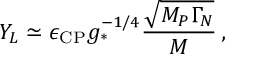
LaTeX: Y _ { L } \simeq \epsilon _ { \mathrm { C P } } g _ { * } ^ { - 1 / 4 } \frac { \sqrt { M _ { P } \Gamma _ { N } } } { M } \, ,